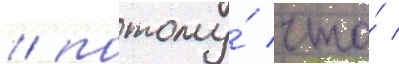
/ потому́ что́ /